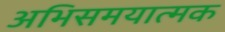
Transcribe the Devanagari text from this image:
अभिसमयात्मक